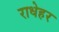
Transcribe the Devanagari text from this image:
राधेहर